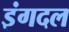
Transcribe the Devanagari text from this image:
इंगदल